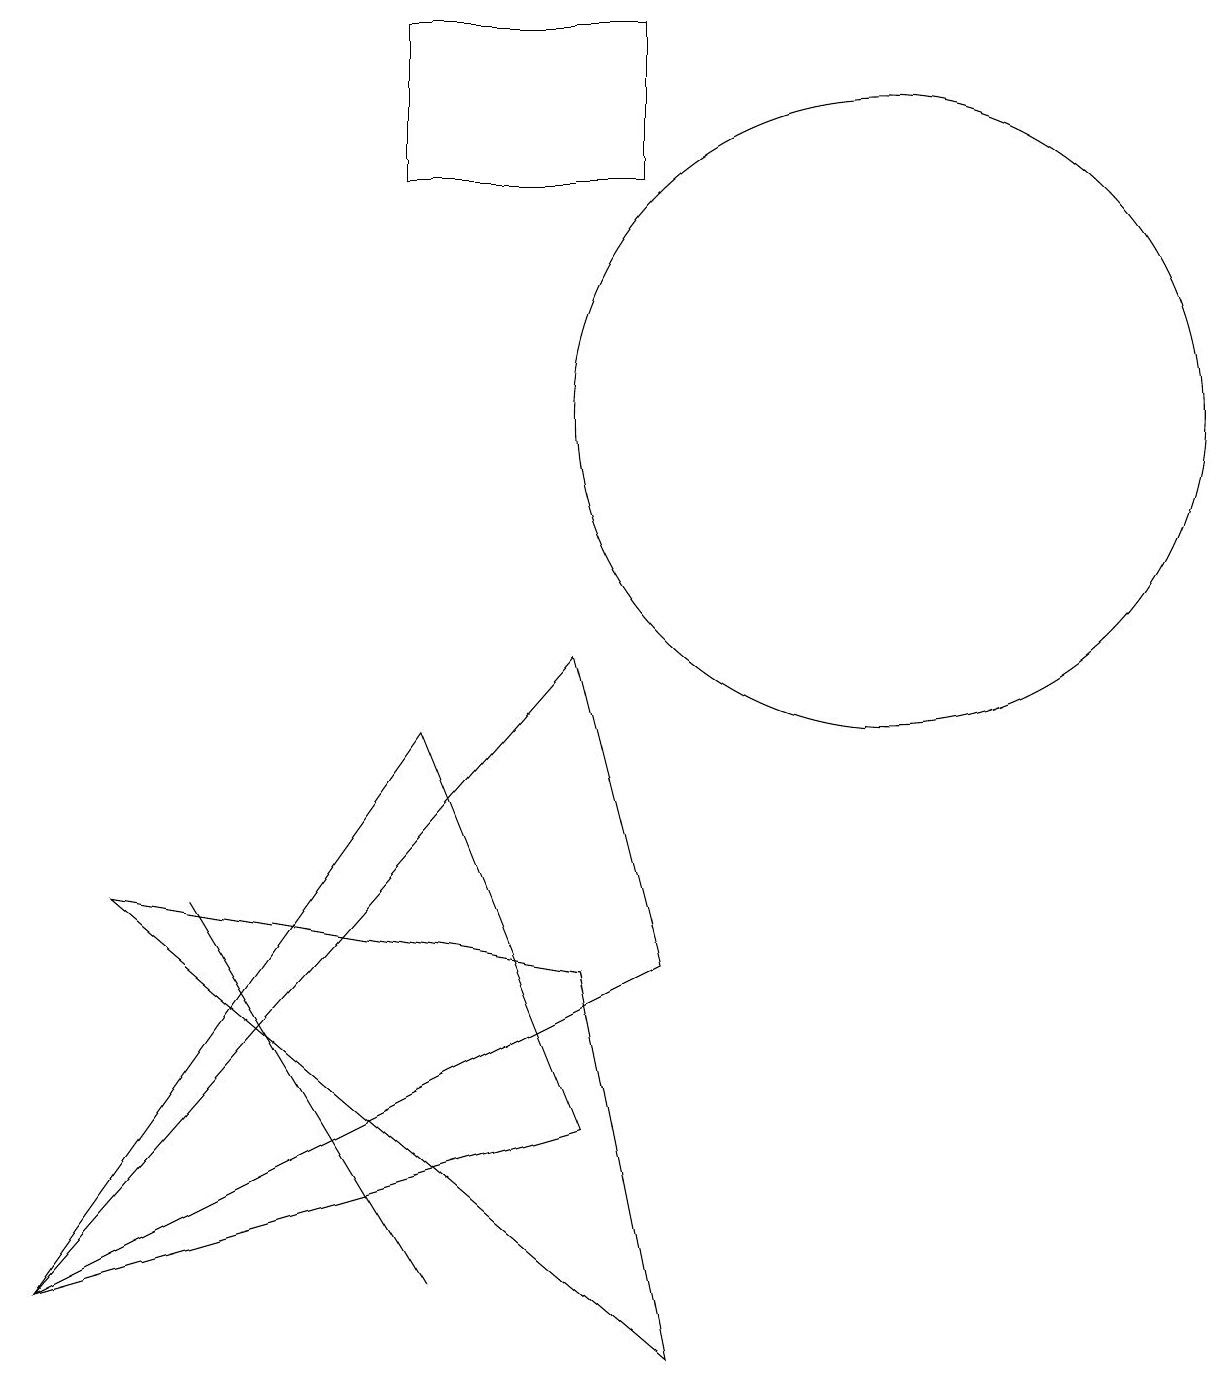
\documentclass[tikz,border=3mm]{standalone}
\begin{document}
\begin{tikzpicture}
\draw (8,3) -- (1,1) -- (6,8) -- cycle;
\draw (8,9) -- (9,5) -- (1,1) -- cycle;
\draw (2,6) -- (9,0) -- (8,5) -- cycle;
\draw (6,1) -- (3,6) -- (6,1) -- cycle;
\draw (12,12) circle (4);
\draw (9,15) rectangle (6,17);
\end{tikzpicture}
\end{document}